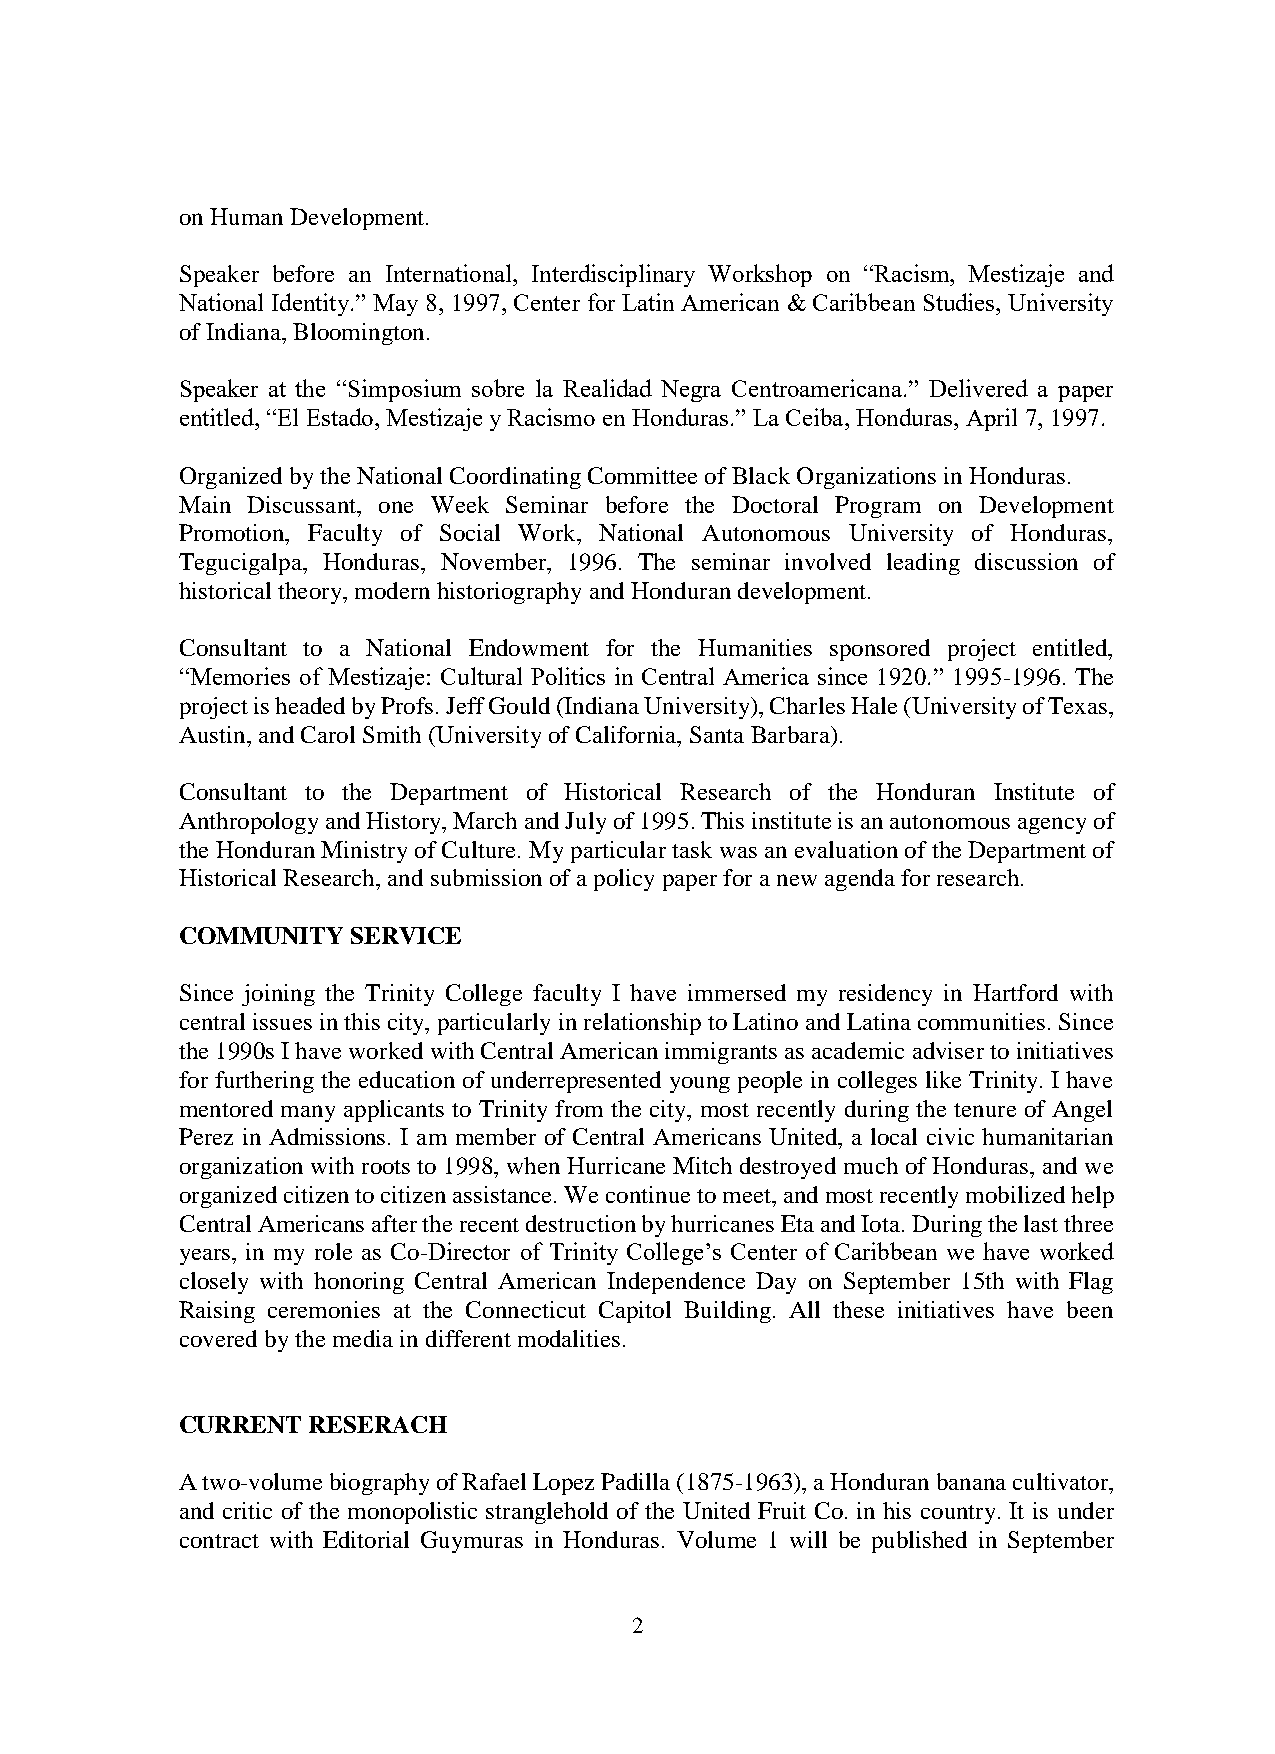
on Human Development.
 Speaker before an International, Interdisciplinary Workshop on “Racism, Mestizaje and
 National Identity.” May 8, 1997, Center for Latin American & Caribbean Studies, University
 of Indiana, Bloomington.
 Speaker at the “Simposium sobre la Realidad Negra Centroamericana.” Delivered a paper
 entitled, “El Estado, Mestizaje y Racismo en Honduras.” La Ceiba, Honduras, April 7, 1997.
 Organized by the National Coordinating Committee of Black Organizations in Honduras.
 Main Discussant, one Week Seminar before the Doctoral Program on Development
 Promotion, Faculty of Social Work, National Autonomous University of Honduras,
 Tegucigalpa, Honduras, November, 1996. The seminar involved leading discussion of
 historical theory, modern historiography and Honduran development.
 Consultant to a National Endowment for the Humanities sponsored project entitled,
 “Memories of Mestizaje: Cultural Politics in Central America since 1920.” 1995-1996. The
 project is headed by Profs. Jeff Gould (Indiana University), Charles Hale (University of Texas,
 Austin, and Carol Smith (University of California, Santa Barbara).
 Consultant to the Department of Historical Research of the Honduran Institute of
 Anthropology and History, March and July of 1995. This institute is an autonomous agency of
 the Honduran Ministry of Culture. My particular task was an evaluation of the Department of
 Historical Research, and submission of a policy paper for a new agenda for research.
 COMMUNITY  SERVICE
 Since joining the Trinity College faculty I have immersed my residency in Hartford with
 central issues in this city, particularly in relationship to Latino and Latina communities. Since
 the 1990s I have worked with Central American immigrants as academic adviser to initiatives
 for furthering the education of underrepresented young people in colleges like Trinity. I have
 mentored many applicants to Trinity from the city, most recently during the tenure of Angel
 Perez in Admissions. I am member of Central Americans United, a local civic humanitarian
 organization with roots to 1998, when Hurricane Mitch destroyed much of Honduras, and we
 organized citizen to citizen assistance. We continue to meet, and most recently mobilized help
 Central Americans after the recent destruction by hurricanes Eta and Iota. During the last three
 years, in my role as Co-Director of Trinity College’s Center of Caribbean we have worked
 closely with honoring Central American Independence Day on September 15th with Flag
 Raising ceremonies at the Connecticut Capitol Building. All these initiatives have been
 covered by the media in different modalities.
 CURRENT RESERACH
 A two-volume biography of Rafael Lopez Padilla (1875-1963), a Honduran banana cultivator,
 and critic of the monopolistic stranglehold of the United Fruit Co. in his country. It is under
 contract with Editorial Guymuras in Honduras. Volume 1 will be published in September
 2